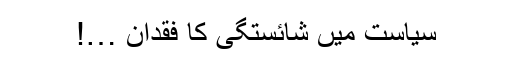
سیاست میں شائستگی کا فقدان …!